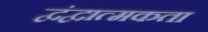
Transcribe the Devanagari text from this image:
द्वंद्वात्मकता